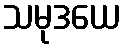
သမုဒယေ